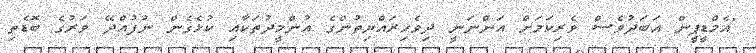
"އެމްޑީޕީން އަބަދުވެސް ވެރިކަމަށް އަންނަނީ ދިވެހިރައްޔިތުންގެ އުންމީދުތަކާއި ކުޅެގެން ނުފުއްދޭ ވަރުގެ ބޮޑެތި